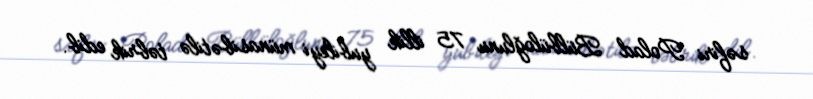
səfiri Polad Bülbüloğlunu 75 illik yubileyi münasibətilə təbrik edib.